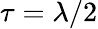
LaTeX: \tau=\lambda/2